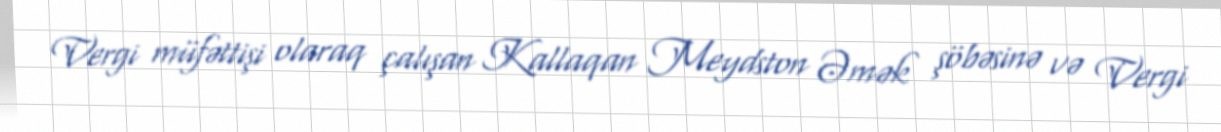
Vergi müfəttişi olaraq çalışan Kallaqan Meydston Əmək şöbəsinə və Vergi